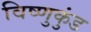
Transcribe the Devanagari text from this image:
विष्णुकुंड